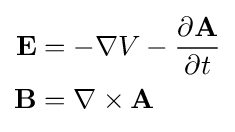
{\begin{aligned}\mathbf {E} &=-\nabla V-{\frac {\partial \mathbf {A} }{\partial t}}\\\mathbf {B} &=\nabla \times \mathbf {A} \end{aligned}}